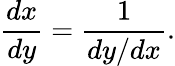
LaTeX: {\frac{dx}{dy}}={\frac{1}{dy/dx}}.